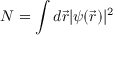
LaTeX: N = \int d { \vec { r } } | \psi ( { \vec { r } } ) | ^ { 2 }